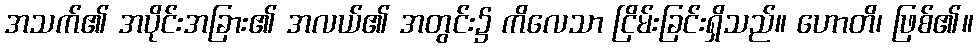
အသက်၏ အပိုင်းအခြား၏ အလယ်၏ အတွင်း၌ ကိလေသာ ငြိမ်းခြင်းရှိသည်။ ဟောတိ၊ ဖြစ်၏။